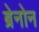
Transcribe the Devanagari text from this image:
ब्रेनोन